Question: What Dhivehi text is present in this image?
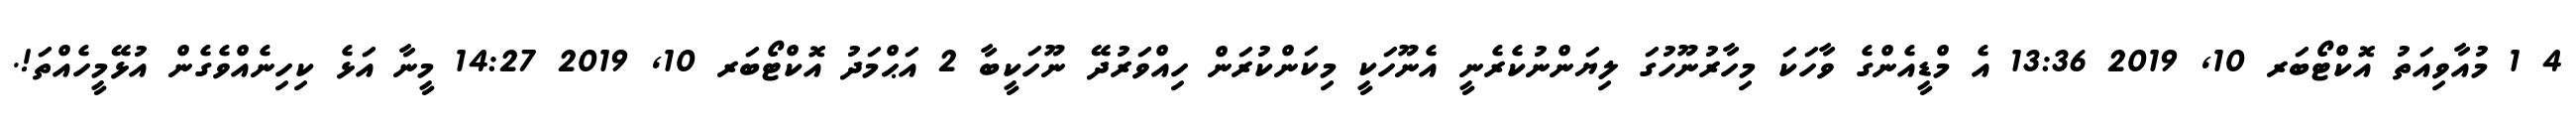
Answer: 4 1 މުއާވިއަތު އޮކްޓޯބަރ 10, 2019 13:36 އެ މްޑީއެންގެ ވާހަކަ މިހާރުނޫހުގަ ލިޔަންނުކެރެނީ އެނޫހަކީ މިކަންކުރަން ހިއްވަރުދޭ ނޫހަކީބާ 2 އަޙްމަދު އޮކްޓޯބަރ 10, 2019 14:27 މީނާ އަޅެ ކިހިނެއްވެގެން އުޅޭމީހެއްތަ!.